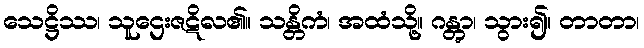
သေဋ္ဌိဿ၊ သူဌေးဇဋိလ၏။ သန္တိကံ၊ အထံသို့။ ဂန္တွာ၊ သွား၍။ တာတာ၊